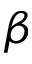
\beta